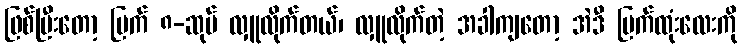
ဖြစ်ပြီးတော့ မြက် ၈-ဆုပ် လှူလိုက်တယ်၊ လှူလိုက်တဲ့ အခါကျတော့ အဲဒီ မြက်ထုံးလေးကို